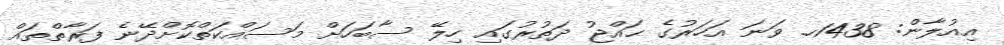
އިއުލާން: 1438ހ. ވަނަ އަހަރުގެ ޙައްޖު ދަތުރުގައި ހިލޭ ސާބަހަށް މަސައްކަތްކޮށްދޭނެ ފަރާތްތައް